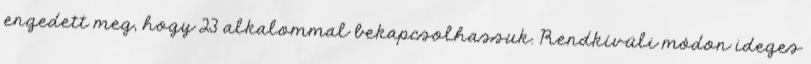
engedett meg, hogy 23 alkalommal bekapcsolhassuk. Rendkívüli módon ideges